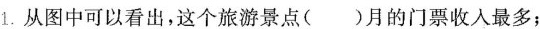
1.从图中可以看出，这个旅游景点()月的门票收入最多；